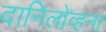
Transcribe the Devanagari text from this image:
दानिलोव्हना